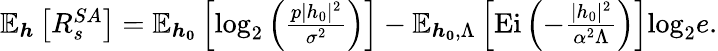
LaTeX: \begin{array}{r}{\mathbb{E}_{\boldsymbol{h}}\left[R_{s}^{SA}\right]=\mathbb{E}_{\boldsymbol{h_{0}}}\left[\mathrm{log}_{2}\left(\frac{p|h_{0}|^{2}}{\sigma^{2}}\right)\right]-\mathbb{E}_{\boldsymbol{h_{0}},\Lambda}\left[\mathrm{Ei}\left(-\frac{|h_{0}|^{2}}{\alpha^{2}\Lambda}\right)\right]\mathrm{log}_{2}e.}\end{array}